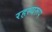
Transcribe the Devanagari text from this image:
रहस्यरूप